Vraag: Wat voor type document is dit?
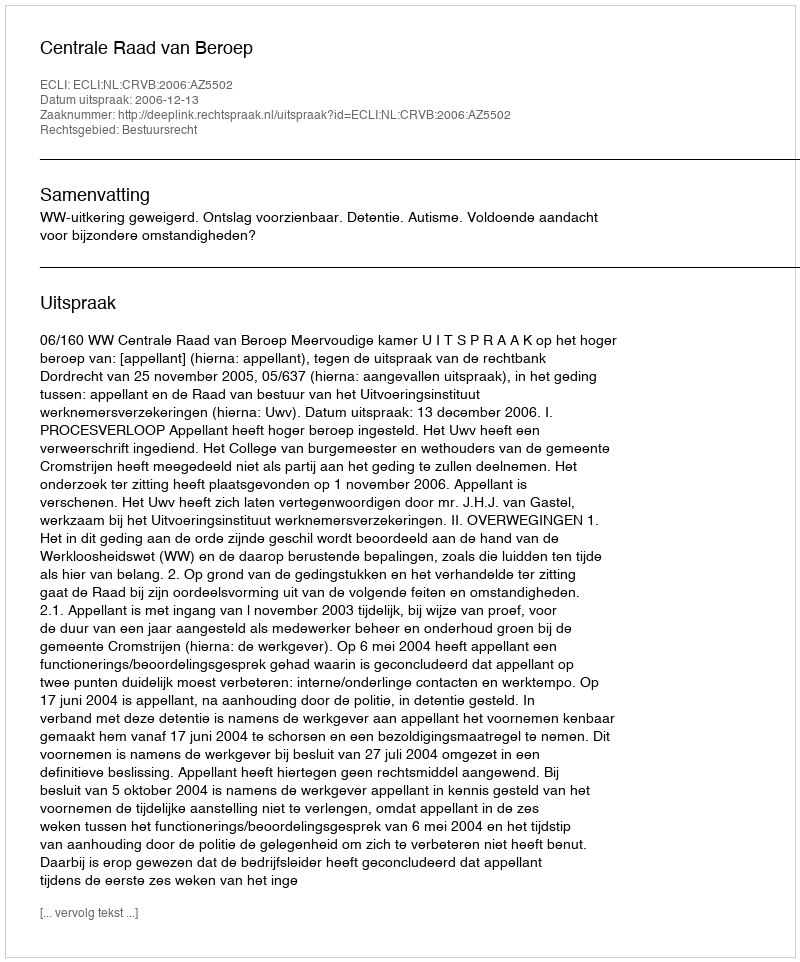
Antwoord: Uitspraak